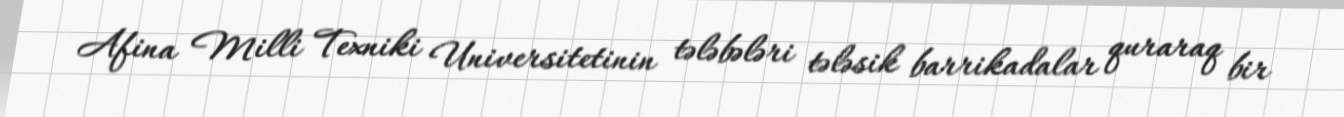
Afina Milli Texniki Universitetinin tələbələri tələsik barrikadalar quraraq bir